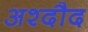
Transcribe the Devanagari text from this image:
अश्दौद